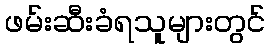
ဖမ်းဆီးခံရသူများတွင်